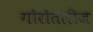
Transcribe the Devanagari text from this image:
गोरोंतलीज